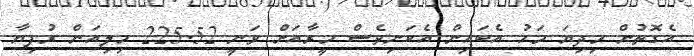
އެގޮތުން މިދިޔަ މަހު އެބައިން އެކަނިވެސް މީރާއަށް ވަނީ 225.52 މިލިއަން ރުފިޔާ